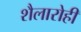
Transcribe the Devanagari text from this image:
शैलारोही